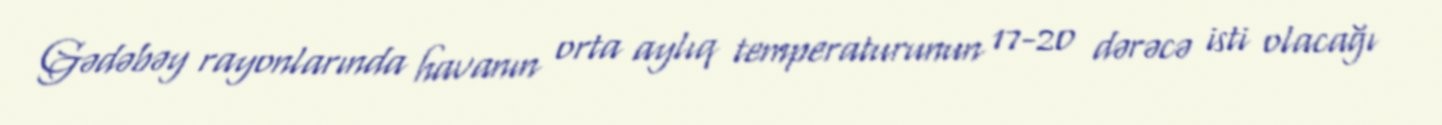
Gədəbəy rayonlarında havanın orta aylıq temperaturunun 17-20 dərəcə isti olacağı